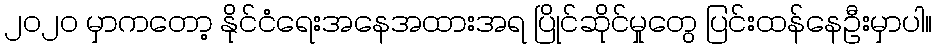
၂၀၂၀ မှာကတော့ နိုင်ငံရေးအနေအထားအရ ပြိုင်ဆိုင်မှုတွေ ပြင်းထန်နေဦးမှာပါ။